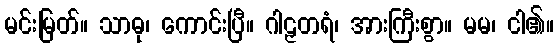
မင်းမြတ်။ သာဓု၊ ကောင်းပြီ။ ဂါဠှတရံ၊ အားကြီးစွာ။ မမ၊ ငါ၏။